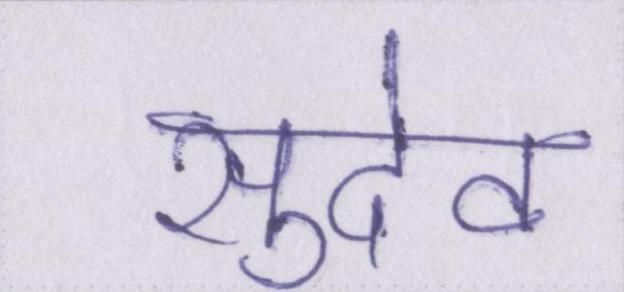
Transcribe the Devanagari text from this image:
सुदेव